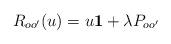
LaTeX: \begin{align*}R_{oo'}(u)=u{\bf 1}+\lambda P_{oo'}\end{align*}